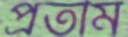
প্রতীম